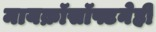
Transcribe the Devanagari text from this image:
मायक्रॉसॉफ्टनेही